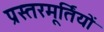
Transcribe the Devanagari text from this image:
प्रस्तरमूर्तियों